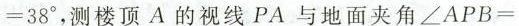
= 3 8 ^ { ° }$$，测楼顶A的视线PA与地面夹角$$∠ A P B =